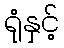
ရုံနှင့်